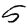
Digit: 5